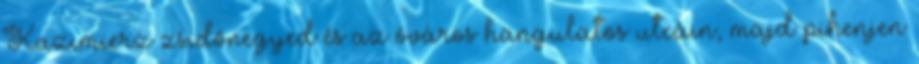
Kazimierz zsidónegyed és az óváros hangulatos utcáin, majd pihenjen